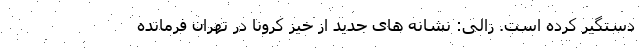
دستگیر کرده است. زالی: نشانه های جدید از خیز کرونا در تهران فرمانده